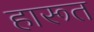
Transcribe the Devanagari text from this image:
हारूत